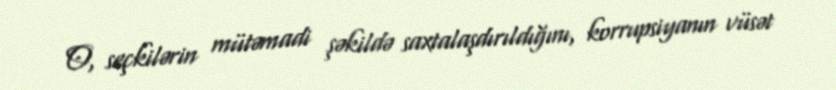
O, seçkilərin mütəmadi şəkildə saxtalaşdırıldığını, korrupsiyanın vüsət